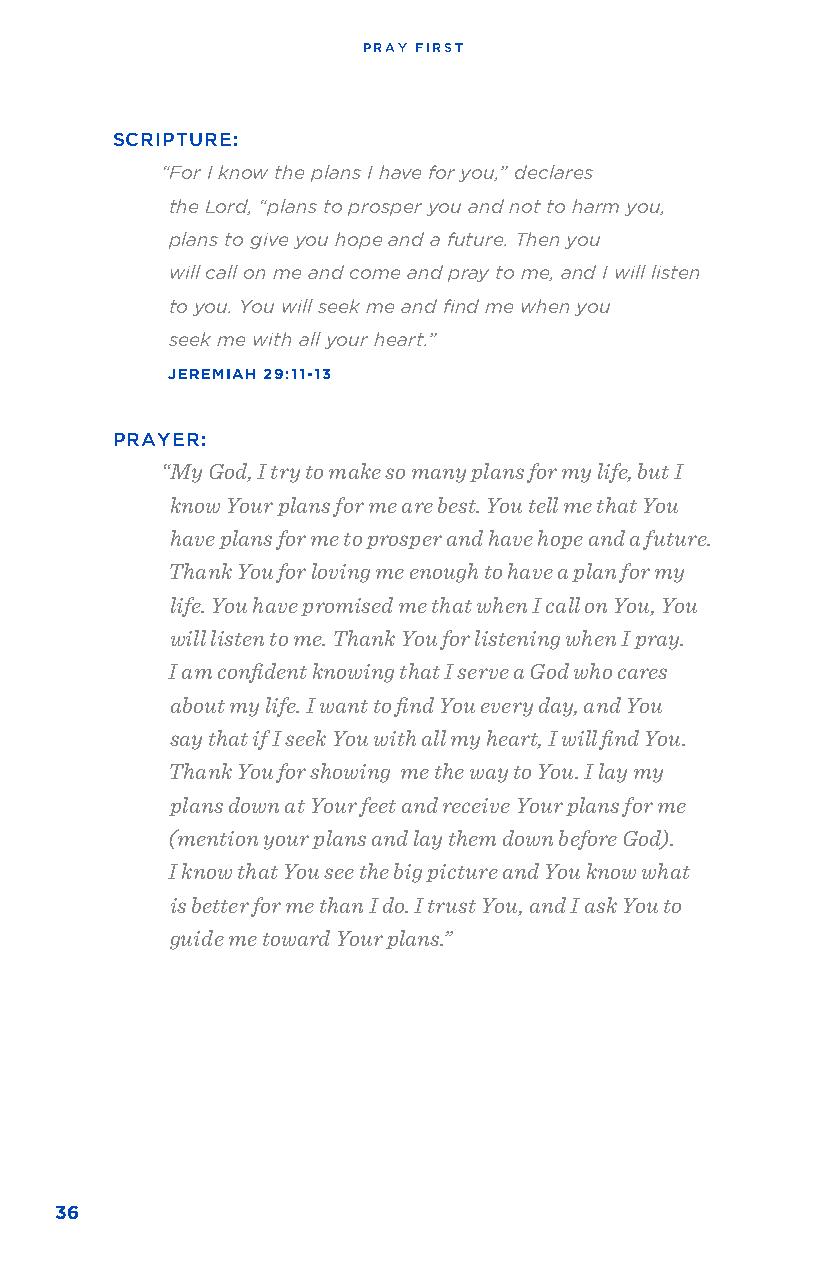
PRAY FIRST
 SCRIPTURE:
 “For I know the plans I have for you,” declares
 the Lord, “plans to prosper you and not to harm you,
 plans to give you hope and a future. Then you
 will call on me and come and pray to me, and I will listen
 to you. You will seek me and find me when you
 seek me with all your heart.”
 JEREMIAH 29:11-13
 PRAYER:
 “My God, I try to make so many plans for my life, but I
 know Your plans for me are best. You tell me that You
 have plans for me to prosper and have hope and a future.
 Thank You for loving me enough to have a plan for my
 life. You have promised me that when I call on You, You
 will listen to me. Thank You for listening when I pray.
 I am confident knowing that I serve a God who cares
 about my life. I want to find You every day, and You
 say that if I seek You with all my heart, I will find You.
 Thank You for showing me the way to You. I lay my
 plans down at Your feet and receive Your plans for me
 (mention your plans and lay them down before God).
 I know that You see the big picture and You know what
 is better for me than I do. I trust You, and I ask You to
 guide me toward Your plans.”
 36